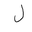
Letter: _lam